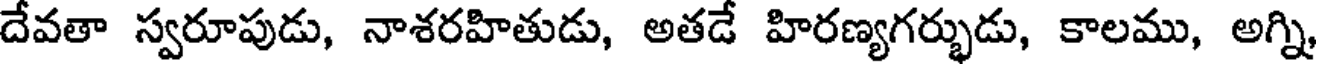
దేవతా స్వరూపుడు, నాశరహితుడు, అతడే హిరణ్యగర్భుడు, కాలము, అగ్ని